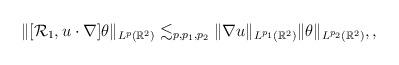
LaTeX: \begin{align*} \| [\mathcal R_1, u\cdot \nabla ] \theta \|_{L^p(\mathbb R^2)}\lesssim_{p,p_1,p_2} \| \nabla u \|_{L^{p_1}(\mathbb R^2)} \| \theta \|_{L^{p_2}(\mathbb R^2)},,\end{align*}